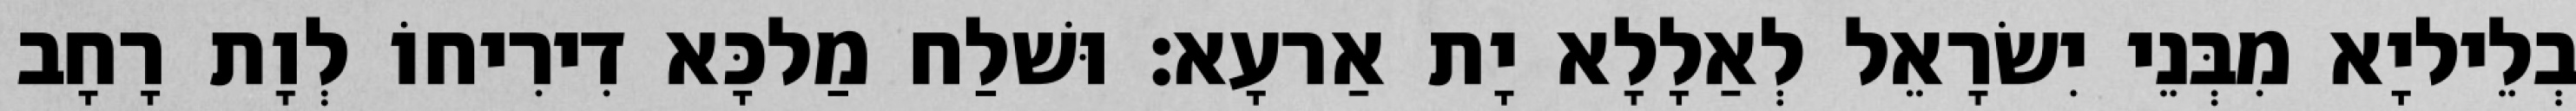
בְלֵיליָא מִבְּנֵי יִשׂרָאֵל לְאַלָלָא יָת אַרעָא׃ וּשׁלַח מַלכָּא דִירִיחוֹ לְוָת רָחָב